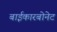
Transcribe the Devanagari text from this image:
बाईकारबोनेट